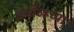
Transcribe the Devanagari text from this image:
क्यीव्हच्या